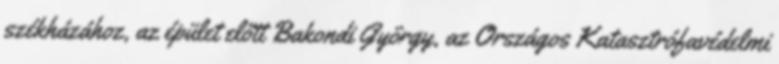
székházához, az épület előtt Bakondi György, az Országos Katasztrófavédelmi